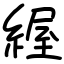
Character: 䌂